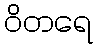
ဝိတရေ